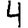
Digit: 4